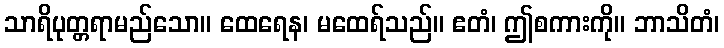
သာရိပုတ္တရာမည်သော။ ထေရေန၊ မထေရ်သည်။ ဧတံ၊ ဤစကားကို။ ဘာသိတံ၊